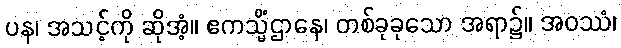
ပန၊ အသင့်ကို ဆိုအံ့။ ဧကသ္မိံဌာနေ၊ တစ်ခုခုသော အရာ၌။ အဝဿံ၊